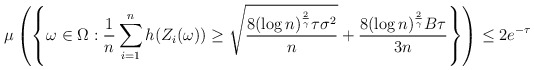
\begin{align*}\mu \left( \left\{ \omega \in \Omega : \frac{1}{n} \sum_{i=1}^n h(Z_i(\omega)) \geq \sqrt{\frac{8 (\log n)^{\frac{2}{\gamma}} \tau \sigma^2}{n}} + \frac{8 (\log n)^{\frac{2}{\gamma}} B \tau}{3 n} \right\} \right) \leq 2 e^{- \tau} \end{align*}